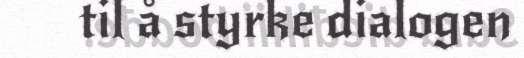
til å styrke dialogen